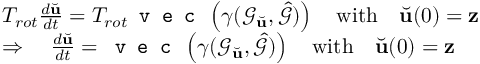
\begin{array} { r l } & { T _ { r o t } \frac { d \Breve { \mathbf { u } } } { d t } = T _ { r o t } \texttt { v e c } \left( \gamma ( \mathcal { G } _ { \Breve { \mathbf { u } } } , \hat { \mathcal { G } } ) \right) \quad \mathrm { w i t h } \quad \Breve { \mathbf { u } } ( 0 ) = \mathbf { z } } \\ & { \Rightarrow \quad \frac { d \Breve { \mathbf { u } } } { d t } = \texttt { v e c } \left( \gamma ( \mathcal { G } _ { \Breve { \mathbf { u } } } , \hat { \mathcal { G } } ) \right) \quad \mathrm { w i t h } \quad \Breve { \mathbf { u } } ( 0 ) = \mathbf { z } } \end{array}